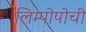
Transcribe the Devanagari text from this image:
लिम्पोपोची